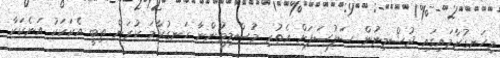
މިހަނގުރާމައިގައި ދުޝްމިނުން ސަފުސަފަށް އެތުރި މުސްލިމުންނާ ހަނގުރާމަ ކުރަން ތިބީ އެކަކަކު އަނެކަކާ